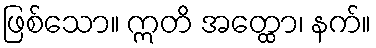
ဖြစ်သော။ ဣတိ အတ္ထော၊ နက်။